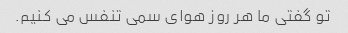
تو گفتی ما هر روز هوای سمی تنفس می کنیم.